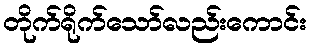
တိုက်ရိုက်သော်လည်းကောင်း